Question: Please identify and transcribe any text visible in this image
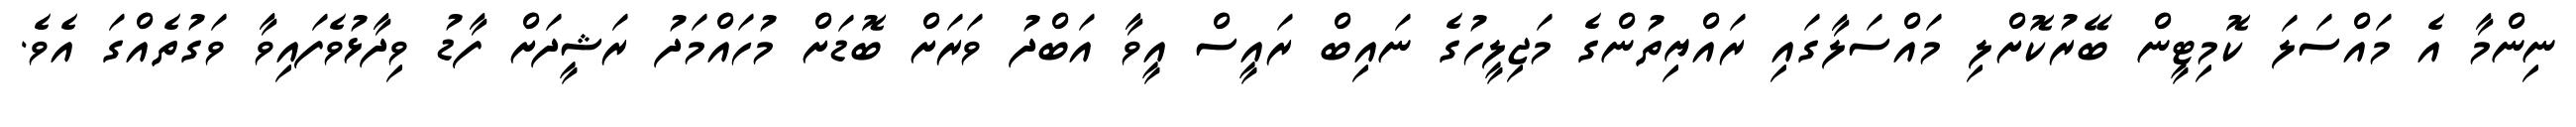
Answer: ނިންމާ އެ މައްސަލަ ކޮމިޓީން ބޭރުކޮށްލި މައްސަލާގައި ރައްޔިތުންގެ މަޖިލީހުގެ ނައިބް ރައީސް އީވާ އަބްދު ވަރަށް ބޮޑަށް މުހައްމަދު ރަޝީދަށް ފާޑު ވިދާޅުވެފައިވާ ވަގުތެއްގަ އެވެ.